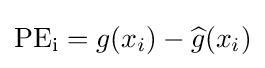
\operatorname {PE_{i}} =g(x_{i})-{\widehat {g}}(x_{i})